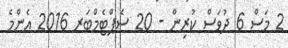
2 މަސް 6 ދުވަސް ކުރިން - 20 ސެޕްޓެމްބަރ 2016 އެންމެ